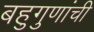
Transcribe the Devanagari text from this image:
बहुगुणांची